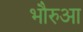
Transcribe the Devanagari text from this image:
भौरुआ